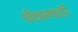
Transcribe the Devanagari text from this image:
छीछाल्यादरि